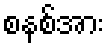
စနစ်အား